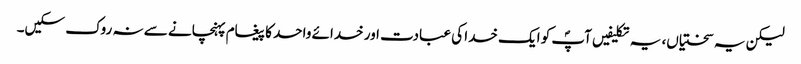
لیکن یہ سختیاں، یہ تکلیفیں آپؐ کو ایک خدا کی عبادت اور خدائے واحد کا پیغام پہنچانے سے نہ روک سکیں۔